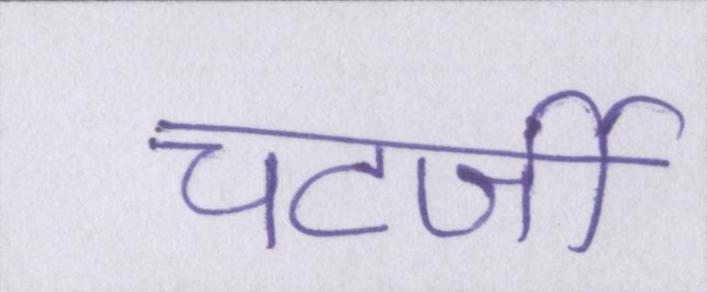
चटर्जी